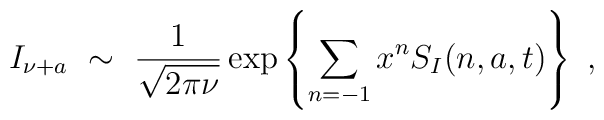
I_{\nu+a}\ \sim\ \frac{1}{\sqrt{2\pi\nu}}\exp \left\{ \sum_{n=-1}x^n S_I(n,a,t) \right\}\ ,